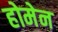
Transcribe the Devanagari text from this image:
होमेन